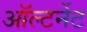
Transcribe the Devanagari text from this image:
ऑल्टर्नेट